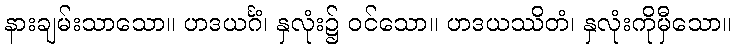
နားချမ်းသာသော။ ဟဒယင်္ဂံ၊ နှလုံး၌ ဝင်သော။ ဟဒယဿိတံ၊ နှလုံးကိုမှီသော။